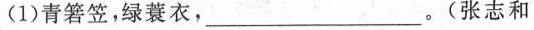
(1)青箬笠，绿蓑衣，___。(张志和